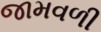
જામવળી